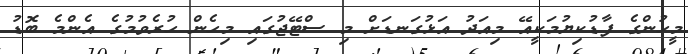
މީހުންގެ ފާޑުކިޔުމަކީއޭ މިއަދު އަޅުގަނޑަށް މި ސްޓޭޖުގައި މިހެން ހުރެވުމުގެ އެންމެ ބޮޑު